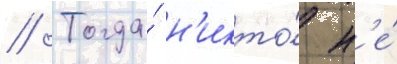
// Тогда́ н'икто́ н'е́